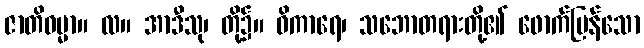
ဇာတိဓမ္မာ။ လ။ အာဒီသု၊ တို့၌။ ဝိကာရေ၊ သဘောတရားတို့၏ ဖောက်ပြန်သော